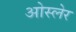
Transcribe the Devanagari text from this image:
ओस्लेर